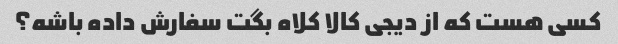
کسی هست که از دیجی کالا کلاه بگت سفارش داده باشه؟